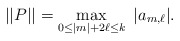
\begin{align*}||P|| = \max_{0\le |m| + 2\ell \le k}\ |a_{m,\ell}|.\end{align*}